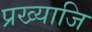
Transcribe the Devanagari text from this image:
प्रख्याजि